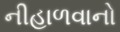
નીહાળવાનો